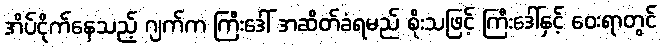
အိပ်ငိုက်နေသည့် ဂျက်က ကြီးဒေါ် အဆိတ်ခံရမည် စိုးသဖြင့် ကြီးဒေါ်နှင့် ဝေးရာတွင်